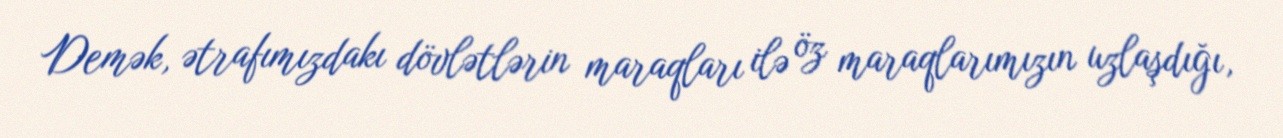
Demək, ətrafımızdakı dövlətlərin maraqları ilə öz maraqlarımızın uzlaşdığı,